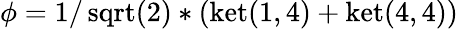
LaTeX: \phi=1/\operatorname{sqrt}(2)*(\operatorname{k\mathrm{e}t}(1,4)+\operatorname{k\mathrm{e}t}(4,4))